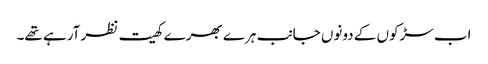
اب سڑکوں کے دونوں جانب ہرے بھرے کھیت نظر آرہے تھے۔